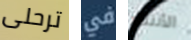
ترحلى في الأنتظار